Indian journal of veterinary science and animal husbandry - Volume 14,
Year: 1944
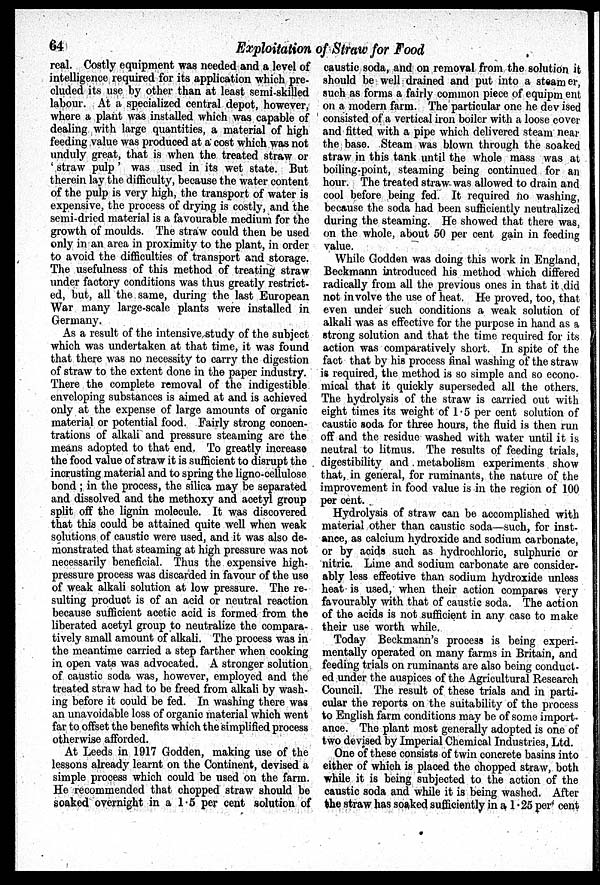
64
Exploitation of Straw for Food
real. Costly equipment was needed and a level of
intelligence required for its application which pre-
cluded its use by other than at least semi-skilled
labour. At a specialized central depot, however,
where a plant was installed which was capable of
dealing with large quantities, a material of high
feeding value was produced at a cost which was not
unduly great, that is when the treated straw or
' straw pulp' was used in its wet state. But
therein lay the difficulty, because the water content
of the pulp is very high, the transport of water is
expensive, the process of drying is costly, and the
semi-dried material is a favourable medium for the
growth of moulds. The straw could then be used
only in an area in proximity to the plant, in order
to avoid the difficulties of transport and storage.
The usefulness of this method of treating straw
under factory conditions was thus greatly restrict-
ed, but, all the same, during the last European
War many large-scale plants were installed in
Germany.
As a result of the intensive study of the subject
which was undertaken at that time, it was found
that there was no necessity to carry the digestion
of straw to the extent done in the paper industry.
There the complete removal of the indigestible
enveloping substances is aimed at and is achieved
only at the expense of large amounts of organic
material or potential food. Fairly strong concen-
trations of alkali and pressure steaming are the
means adopted to that end. To greatly increase
the food value of straw it is sufficient to disrupt the
incrusting material and to spring the ligno-cellulose
bond ; in the process, the silica may be separated
and dissolved and the methoxy and acetyl group
split off the lignin molecule. It was discovered
that this could be attained quite well when weak
solutions of caustic were used, and it was also de-
monstrated that steaming at high pressure was not
necessarily beneficial. Thus the expensive high-
pressure process was discarded in favour of the use
of weak alkali solution at low pressure. The re-
sulting product is of an acid or neutral reaction
because sufficient acetic acid is formed from the
liberated acetyl group to neutralize the compara-
tively small amount of alkali. The process was in
the meantime carried a step farther when cooking
in open vats was advocated. A stronger solution
of caustic soda was, however, employed and the
treated straw had to be freed from alkali by wash-
ing before it could be fed. In washing there was
an unavoidable loss of organic material which went
far to offset the benefits which the simplified process
otherwise afforded.
At Leeds in 1917 Godden, making use of the
lessons already learnt on the Continent, devised a
simple process which could be used on the farm.
He recommended that chopped straw should be
soaked overnight in a 1.5 per cent solution of
caustic soda, and on removal from the solution it
should be well drained and put into a steamer,
such as forms a fairly common piece of equipment
on a modern farm. The particular one he devised
consisted of a vertical iron boiler with a loose cover
and fitted with a pipe which delivered steam near
the base. Steam was blown through the soaked
straw in this tank until the whole mass was at
boiling-point, steaming being continued for an
hour. The treated straw was allowed to drain and
cool before being fed. It required no washing,
because the soda had been sufficiently neutralized
during the steaming. He showed that there was,
on the whole, about 50 per cent gain in feeding
value.
While Godden was doing this work in England,
Beckmann introduced his method which differed
radically from all the previous ones in that it did
not involve the use of heat. He proved, too, that
even under such conditions a weak solution of
alkali was as effective for the purpose in hand as a
strong solution and that the time required for its
action was comparatively short. In spite of the
fact that by his process final washing of the straw
is required, the method is so simple and so econo-
mical that it quickly superseded all the others.
The hydrolysis of the straw is carried out with
eight times its weight of 1.5 per cent solution of
caustic soda for three hours, the fluid is then run
off and the residue washed with water until it is
neutral to litmus. The results of feeding trials,
digestibility and metabolism experiments show
that, in general, for ruminants, the nature of the
improvement in food value is in the region of 100
per cent.
Hydrolysis of straw can be accomplished with
material other than caustic soda—such, for inst-
ance, as calcium hydroxide and sodium carbonate,
or by acids such as hydrochloric, sulphuric or
nitric. Lime and sodium carbonate are consider-
ably less effective than sodium hydroxide unless
heat is used, when their action compares very
favourably with that of caustic soda. The action
of the acids is not sufficient in any case to make
their use worth while.
Today Beckmann's process is being experi-
mentally operated on many farms in Britain, and
feeding trials on ruminants are also being conduct-
ed under the auspices of the Agricultural Research
Council. The result of these trials and in parti-
cular the reports on the suitability of the process
to English farm conditions may be of some import-
ance. The plant most generally adopted is one of
two devised by Imperial Chemical Industries, Ltd.
One of these consists of twin concrete basins into
either of which is placed the chopped straw, both
while it is being subjected to the action of the
caustic soda and while it is being washed. After
the straw has soaked sufficiently in a 1.25 per cent